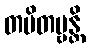
တပိတဗ္ဗန္တိ